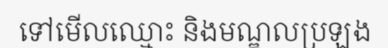
ទៅមើលឈ្មោះ និងមណ្ឌលប្រឡង